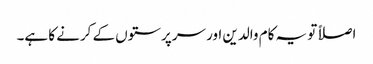
اصلاً تو یہ کام والدین اور سرپرستوں کے کرنے کا ہے۔